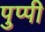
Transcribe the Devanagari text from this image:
पुप्पी